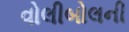
વોલીબોલની